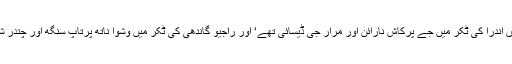
1977ء میں اندرا کی ٹکر میں جے پرکاش نارائن اور مرار جی ڈیسائی تھے‘ اور راجیو گاندھی کی ٹکر میں وشوا ناتھ پرتاپ سنگھ اور چندر شیکھر تھے۔